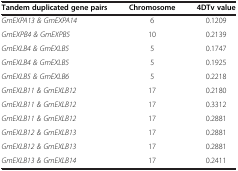
| Tandem duplicated gene pairs | Chromosome | 4DTv value |
 | --- | --- | --- |
 | GmEXPA13 & GmEXPA14 | 6 | 0.1209 |
 | GmEXPB4 & GmEXPB5 | 10 | 0.2139 |
 | GmEXLB4 & GmEXLB5 | 5 | 0.1747 |
 | GmEXLB4 & GmEXLB5 | 5 | 0.1925 |
 | GmEXLB5 & GmEXLB6 | 5 | 0.2218 |
 | GmEXLB11 & GmEXLB12 | 17 | 0.2180 |
 | GmEXLB11 & GmEXLB12 | 17 | 0.3312 |
 | GmEXLB11 & GmEXLB12 | 17 | 0.2881 |
 | GmEXLB12 & GmEXLB13 | 17 | 0.2881 |
 | GmEXLB12 & GmEXLB13 | 17 | 0.2881 |
 | GmEXLB13 & GmEXLB14 | 17 | 0.2411 |